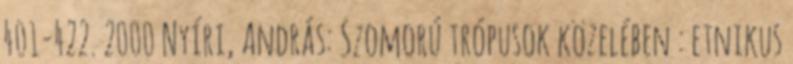
401-422. 2000 Nyíri, András: Szomorú trópusok közelében : etnikus